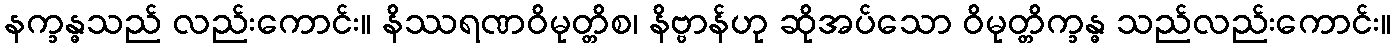
နက္ခန္ဓသည် လည်းကောင်း။ နိဿရဏဝိမုတ္တိစ၊ နိဗ္ဗာန်ဟု ဆိုအပ်သော ဝိမုတ္တိက္ခန္ဓ သည်လည်းကောင်း။